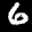
Digit: 6